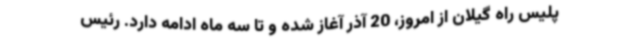
پلیس راه گیلان از امروز، 20 آذر آغاز شده و تا سه ماه ادامه دارد. رئیس